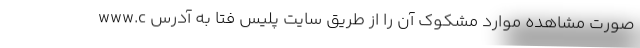
صورت مشاهده موارد مشکوک آن را از طریق سایت پلیس فتا به آدرس www.c